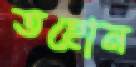
তহোন